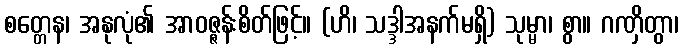
စတ္တေန၊ အနုလုံ၏ အာဝဇ္ဇန်းစိတ်ဖြင့်။ (ဟိ၊ သဒ္ဒါအနက်မရှိ) သုမ္မာ၊ စွာ။ ဂဏှိတွာ၊